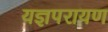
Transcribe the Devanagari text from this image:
यज्ञपरायण